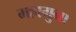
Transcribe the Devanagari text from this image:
महागुना